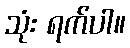
သုံး ရက်ပါ။